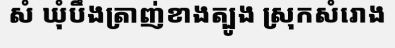
សំ ឃុំបឹងត្រាញ់ខាងត្បូង ស្រុកសំរោង